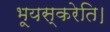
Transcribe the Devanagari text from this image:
भूयस्करेति।